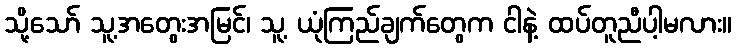
သို့သော် သူ့အတွေးအမြင်၊ သူ့ ယုံကြည်ချက်တွေက ငါနဲ့ ထပ်တူညီပါ့မလား။